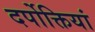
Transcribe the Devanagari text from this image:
दर्पोक्तियां